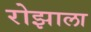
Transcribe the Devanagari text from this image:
रोझाला